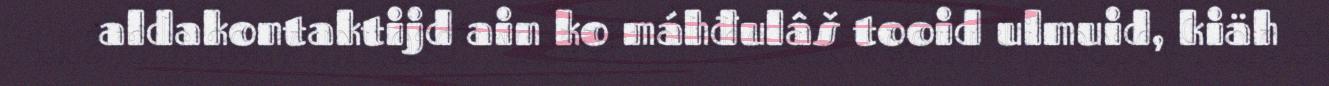
aldakontaktijd ain ko máhđulâš tooid ulmuid, kiäh